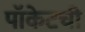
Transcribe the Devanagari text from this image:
पॉकेटची